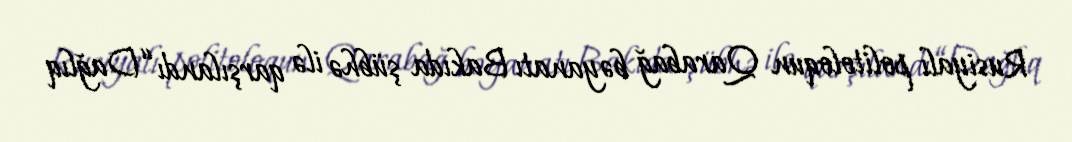
Rusiyalı politoloqun Qarabağ bəyanatı Bakıda şübhə ilə qarşılandı “Dağlıq